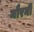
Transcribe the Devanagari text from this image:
मौरनी